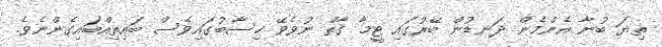
ތިޔަ ބުނާ އެންމެން ދަނޑުން ބޭރުގައި ޓީމާ ގާތް ނުވެވޭ ހިސާބުގައިވެސް ބައިތިއްބައިގެންނެވެ.